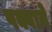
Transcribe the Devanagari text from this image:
पक्वाने